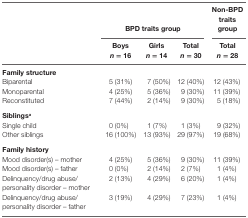
<table><thead><tr><td></td><td colspan="3"><b>BPD traits group</b></td><td><b>Non-BPD traits group</b></td></tr><tr><td></td><td><b>Boys <i>n</i> = 16</b></td><td><b>Girls <i>n</i> = 14</b></td><td><b>Total <i>n</i> = 30</b></td><td><b>Total <i>n</i> = 28</b></td></tr></thead><tbody><tr><td colspan="5"><b>Family structure</b></td></tr><tr><td>Biparental</td><td>5 (31%)</td><td>7 (50%)</td><td>12 (40%)</td><td>12 (43%)</td></tr><tr><td>Monoparental</td><td>4 (25%)</td><td>5 (36%)</td><td>9 (30%)</td><td>11 (39%)</td></tr><tr><td>Reconstituted</td><td>7 (44%)</td><td>2 (14%)</td><td>9 (30%)</td><td>5 (18%)</td></tr><tr><td colspan="5"><b>Siblings<sup>a</sup></b></td></tr><tr><td>Single child</td><td>0 (0%)</td><td>1 (7%)</td><td>1 (3%)</td><td>9 (32%)</td></tr><tr><td>Other siblings</td><td>16 (100%)</td><td>13 (93%)</td><td>29 (97%)</td><td>19 (68%)</td></tr><tr><td colspan="5"><b>Family history</b></td></tr><tr><td>Mood disorder(s) – mother</td><td>4 (25%)</td><td>5 (36%)</td><td>9 (30%)</td><td>11 (39%)</td></tr><tr><td>Mood disorder(s) – father</td><td>0 (0%)</td><td>2 (14%)</td><td>2 (7%)</td><td>1 (4%)</td></tr><tr><td>Delinquency/drug abuse/personality disorder – mother</td><td>2 (13%)</td><td>4 (29%)</td><td>6 (20%)</td><td>1 (4%)</td></tr><tr><td>Delinquency/drug abuse/personality disorder – father</td><td>3 (19%)</td><td>4 (29%)</td><td>7 (23%)</td><td>1 (4%)</td></tr></tbody></table>